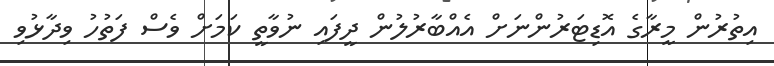
އިތުރުން މީރާގެ އޮޑިޓަރުންނަށް އެއްބާރުލުން ދީފައި ނުވާތީ ކަމަށް ވެސް ފަތުހު ވިދާޅުވި